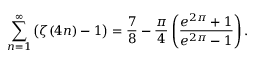
\sum _ { n = 1 } ^ { \infty } { \bigl ( } \zeta ( 4 n ) - 1 { \bigr ) } = { \frac { 7 } { 8 } } - { \frac { \pi } { 4 } } \left( { \frac { e ^ { 2 \pi } + 1 } { e ^ { 2 \pi } - 1 } } \right) .